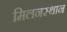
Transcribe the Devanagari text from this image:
मिलनस्थान